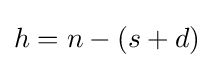
h=n-(s+d)